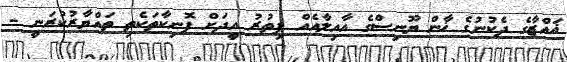
ޣައްޒާގެ ދެކުނުގެ ޚާން ޔޫނިސްގެ އާއިލާއެއް ފިތުރު އީދަށް ފޮނިކާތަކެތި ތައްޔާރުކުރަނީ -